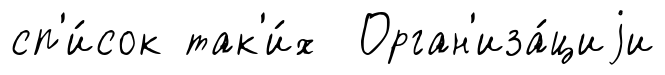
сп'и́сок так'и́х Орган'иза́циjи